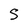
Character: S